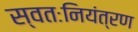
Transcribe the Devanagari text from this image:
स्वतःनियंत्रण